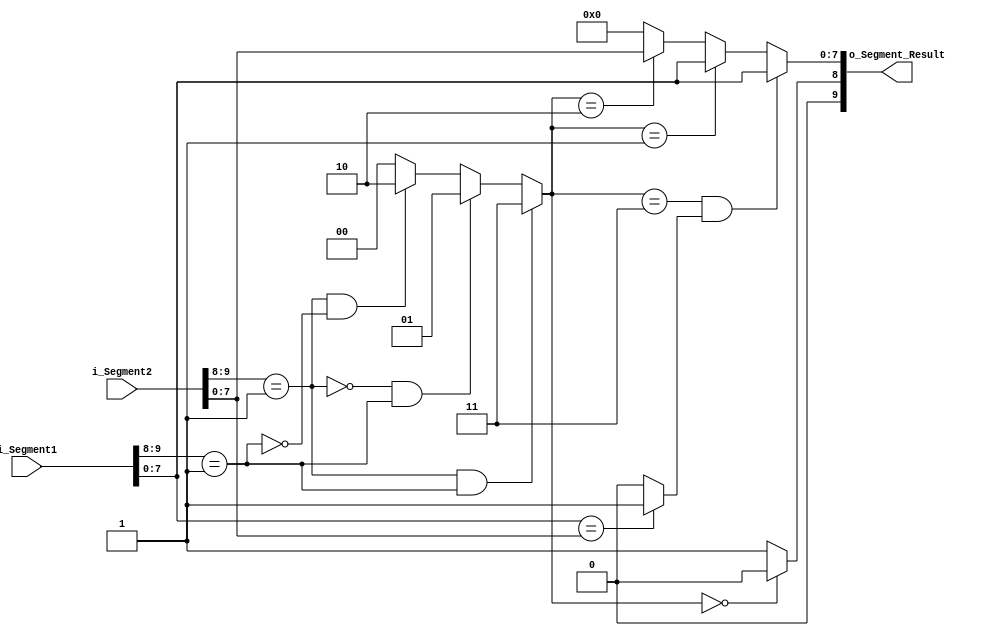
module compr_datapath 
	(
		// -- inputs 
		i_Segment1,
		i_Segment2,
		
		// -- outputs 
		o_Segment_Result
	);
	
// =============================================================================
// == Parameter declarations
// =============================================================================
	parameter SEGWID = 10; //Segment width IDwid+2stt
	parameter IDWID = 8;
	
// ============================================================================
// == Port declarations
// ============================================================================
	input [SEGWID-1:0]	i_Segment1;
	input [SEGWID-1:0]	i_Segment2;
	
	output [SEGWID-1:0]	o_Segment_Result;

// ============================================================================
// == Architecture
// ============================================================================
	// -- Address
	wire [IDWID-1:0] ADDR_1;
	assign ADDR_1 = i_Segment1[7:0];
	
	wire [IDWID-1:0] ADDR_2;
	assign ADDR_2 = i_Segment2[7:0];
	
	// -- Check Valid
	wire SEGMENT_1_VALID;
	assign SEGMENT_1_VALID = (i_Segment1[9:8] == 2'b01);
	
	wire SEGMENT_2_VALID;	
	assign SEGMENT_2_VALID = (i_Segment2[9:8] == 2'b01);
	
	// -- Compare 
	// == ADDR_1 compare ADDR_2
	wire [1:0] Valid_Addr;
	assign Valid_Addr = (SEGMENT_2_VALID & SEGMENT_1_VALID) ? 2'b11 :
						(!SEGMENT_2_VALID & SEGMENT_1_VALID) ? 2'b01 :
						(SEGMENT_2_VALID & !SEGMENT_1_VALID) ? 2'b10 : 2'b00;
							
	wire Same_Addr;
	assign Same_Addr = (ADDR_1 == ADDR_2) ? 1'b1 : 1'b0;
	
	// -- Output Assignment
	assign o_Segment_Result[7:0] = ((Valid_Addr == 2'b11) & (Same_Addr == 1))	? ADDR_1 	:
									(Valid_Addr == 2'b01) 						? ADDR_1	:
									(Valid_Addr == 2'b10) 						? ADDR_2	:   8'b00;
									
	assign o_Segment_Result[9:8] = (Valid_Addr == 2'b00)	?	2'b00 :  2'b01;									
	
endmodule